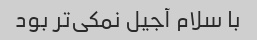
با سلام آجیل نمکی‌تر بود